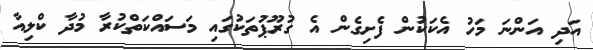
އަދި އަންނަ މަހު އެކަކުން ފެށިގެން އެ ގުރޫޕުތަކުގައި މަސައްކަތްކުރާ މުދާ ކްލިއާ